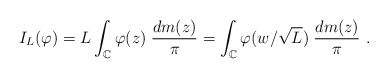
\begin{align*} I_L(\varphi)=L\int_{\mathbb C} \varphi(z)\; \frac{dm(z)}{\pi}=\int_{\mathbb C} \varphi(w/\sqrt L)\; \frac{dm(z)}{\pi}\ .\end{align*}